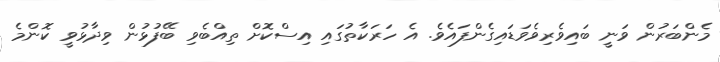
މެންބަރުން ވަނީ ބައިވެރިވެވަޑައިގެންފައެވެ. އެ ހަރަކާތުގައި އިސްކޮށް ތިއްބެވި ބޭފުޅުން ވިދާޅުވީ ކޮންމެ